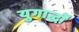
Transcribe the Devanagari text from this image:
युगार्द्धों